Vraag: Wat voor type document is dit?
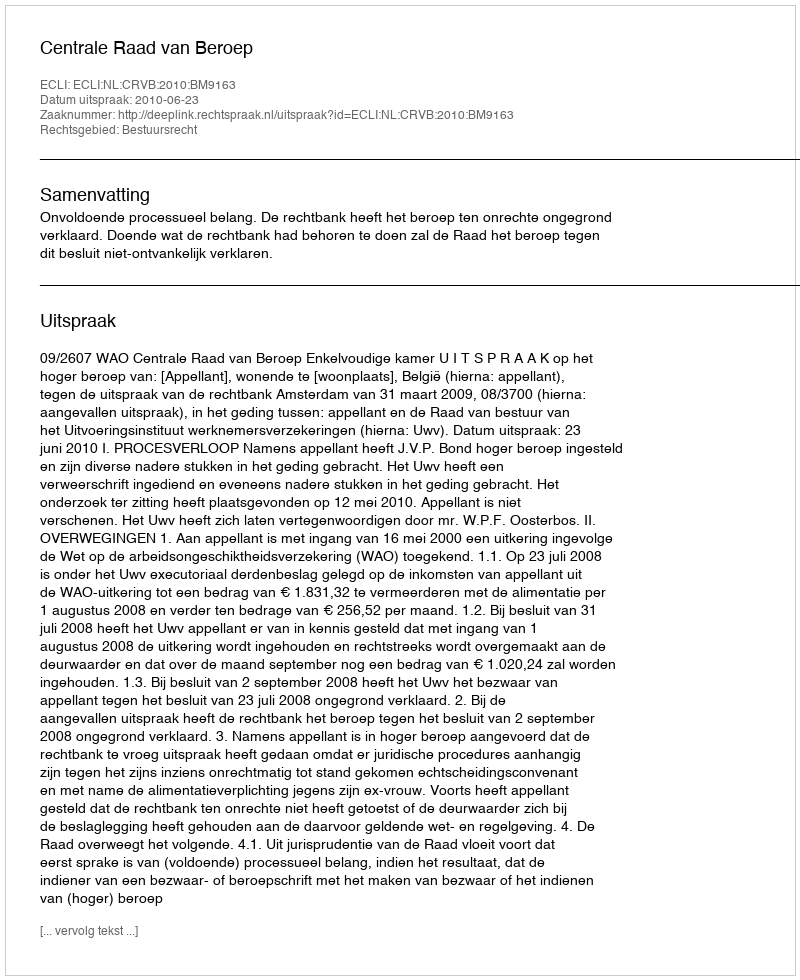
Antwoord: Uitspraak